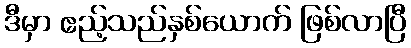
ဒီမှာ ဧည့်သည်နှစ်ယောက် ဖြစ်လာပြီ